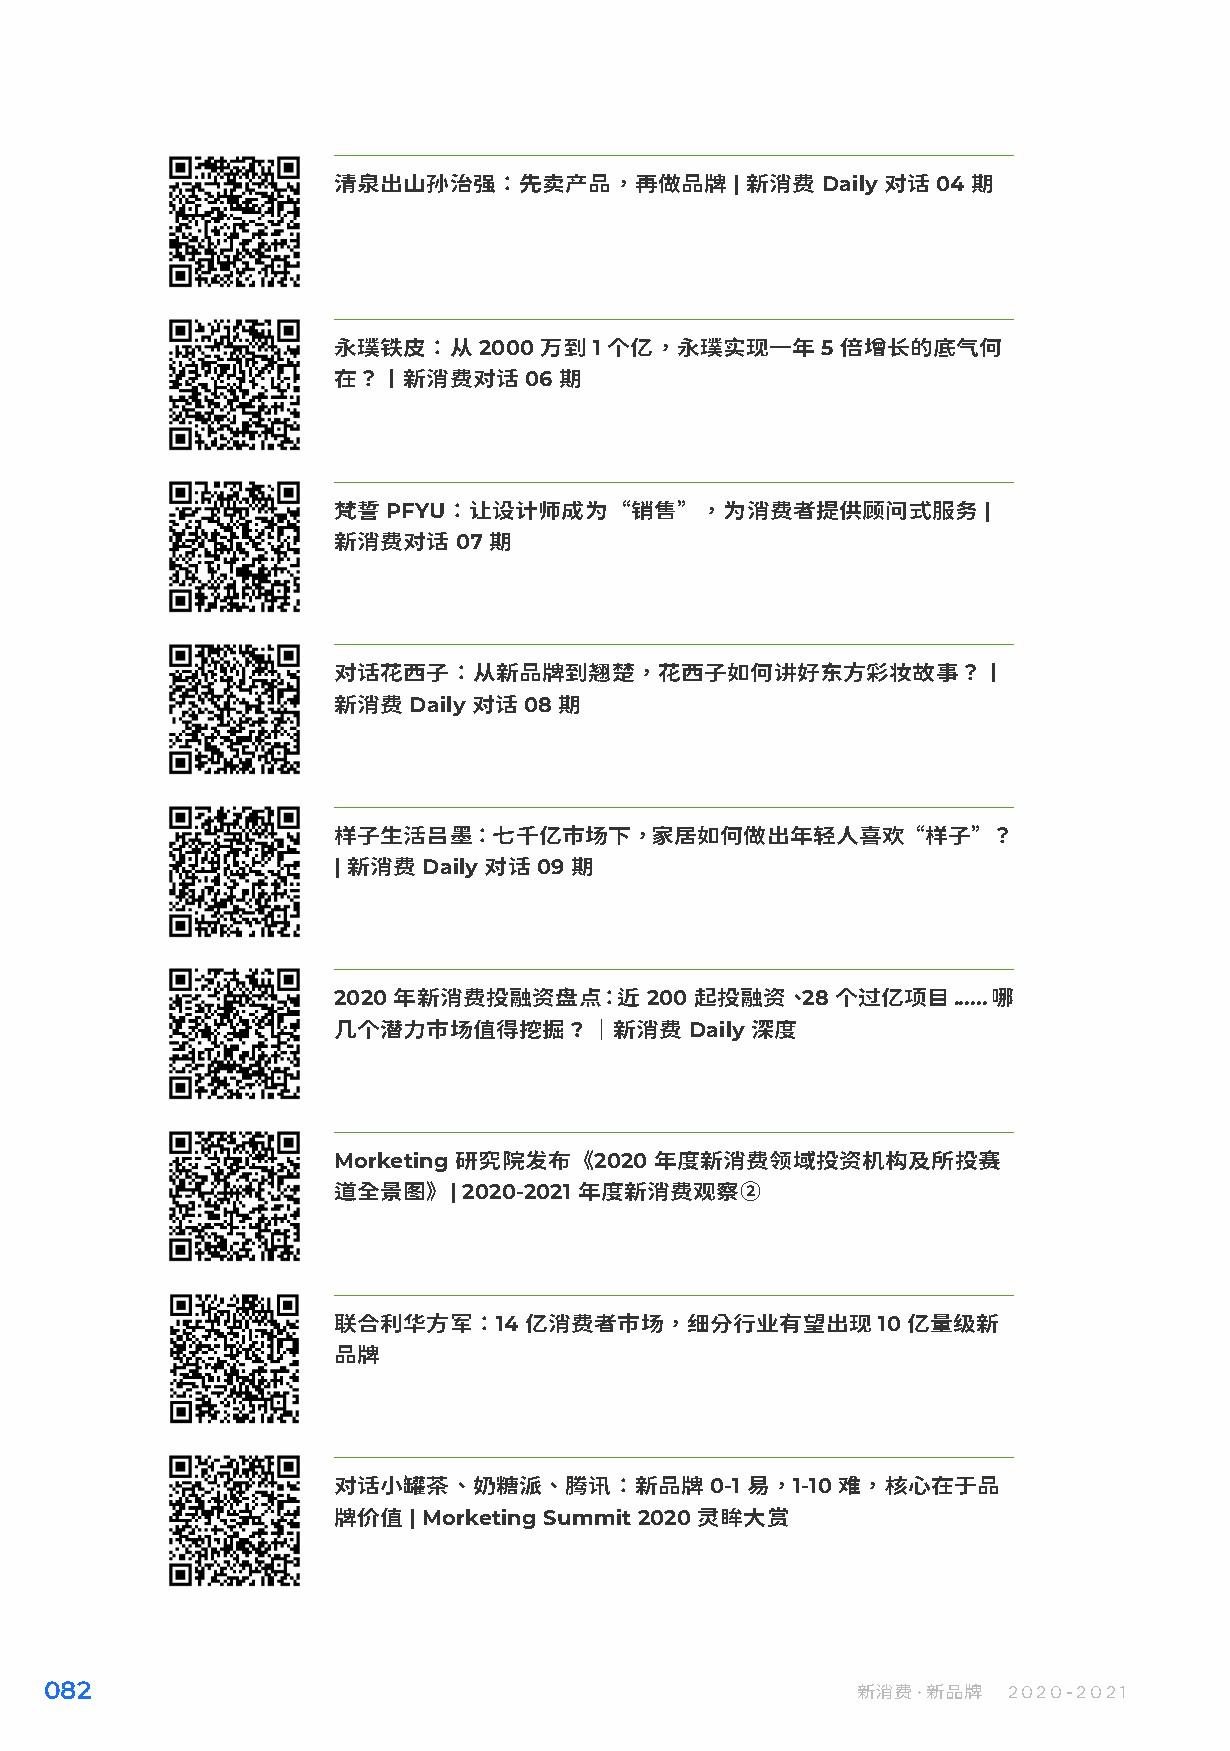
清泉出山孙治强：先卖产品，再做品牌          | 新消费 Daily 对话 04 期
 永璞铁皮：从    2000 万到 1 个亿，永璞实现一年   5 倍增长的底气何
 在？丨新消费对话     06 期
 梵誓  PFYU：让设计师成为“销售”，为消费者提供顾问式服务            |
 新消费对话   07 期
 对话花西子：从新品牌到翘楚，花西子如何讲好东方彩妆故事？丨
 新消费  Daily 对话 08 期
 样子生活吕墨：七千亿市场下，家居如何做出年轻人喜欢“样子”？
 | 新消费 Daily 对话 09 期
 2020 年新消费投融资盘点：近     200 起投融资、28 个过亿项目......哪
 几个潜力市场值得挖掘      ? ｜新消费  Daily 深度
 Morketing 研究院发布《2020 年度新消费领域投资机构及所投赛
 道全景图》|   2020-2021 年度新消费观察➁
 联合利华方军：14    亿消费者市场，细分行业有望出现        10 亿量级新
 品牌
 对话小罐茶、奶糖派、腾讯：新品牌         0-1 易，1-10 难，核心在于品
 牌价值  | Morketing Summit 2020 灵眸大赏
 082                                                   新消费·新品牌   2020-2021